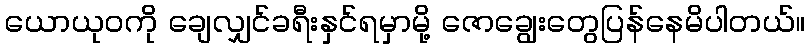
ယောယုဝကို ချေလျှင်ခရီးနှင်ရမှာမို့ ဇောချွေးတွေပြန်နေမိပါတယ်။